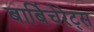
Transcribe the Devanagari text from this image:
बार्बिचेरेट्स